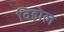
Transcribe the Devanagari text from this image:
विझेल